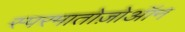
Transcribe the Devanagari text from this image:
स्परमातोज़ोऑन